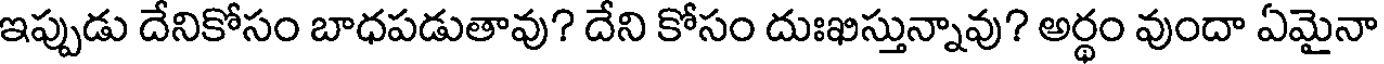
ఇప్పుడు దేనికోసం బాధపడుతావు? దేని కోసం దుఃఖిస్తున్నావు? అర్థం వుందా ఏమైనా